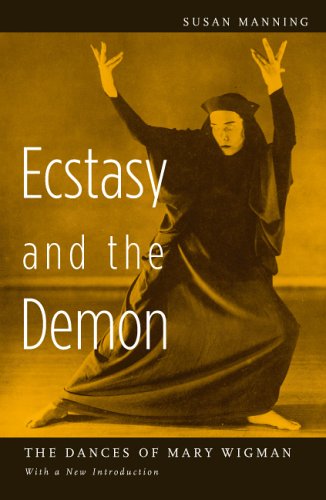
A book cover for Ecstasy and the Demon: The Dances of Mary Wigman; Susan Manning; Biographies & Memoirs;